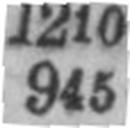
945